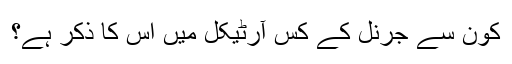
کون سے جرنل کے کس آرٹیکل میں اس کا ذکر ہے؟